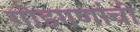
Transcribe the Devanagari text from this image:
गोइगणांची